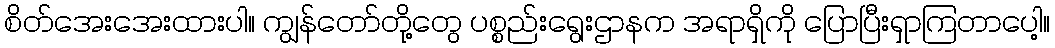
စိတ်အေးအေးထားပါ။ ကျွန်တော်တို့တွေ ပစ္စည်းရွေးဌာနက အရာရှိကို ပြောပြီးရှာကြတာပေါ့။